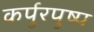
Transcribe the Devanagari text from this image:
कर्पुरपुष्प